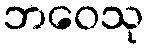
ဘဝေသု